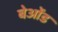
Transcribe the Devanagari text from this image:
बेओंड